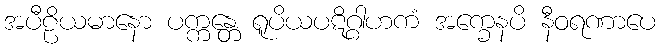
အပီဠိယမာနော ပက္ကန္တေ ရူပိယပဋိဂ္ဂါဟကံ အက္ခေနပိ နီဝရဏာပေ